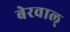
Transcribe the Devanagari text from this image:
बेरवाल्